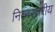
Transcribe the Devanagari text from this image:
नित्नस्तरीय